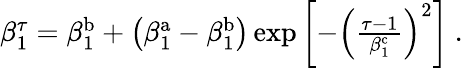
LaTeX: \begin{array}{r}{\beta_{1}^{\tau}=\beta_{1}^{\mathrm{b}}+\left(\beta_{1}^{\mathrm{a}}-\beta_{1}^{\mathrm{b}}\right)\exp\left[-\left(\frac{\tau-1}{\beta_{1}^{\mathrm{c}}}\right)^{2}\right]\ .}\end{array}